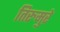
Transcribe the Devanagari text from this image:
तिरुमुरे